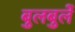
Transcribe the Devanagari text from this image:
बुलबुलें